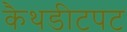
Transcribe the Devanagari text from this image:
कैथडीटपट